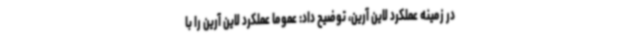
در زمینه عملکرد لاین آرین، توضیح داد: عموما عملکرد لاین آرین را با